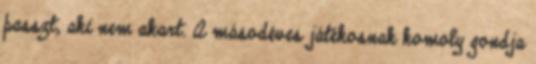
passzt, aki nem akart. A másodéves játékosnak komoly gondja